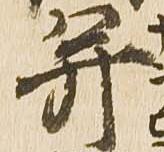
并